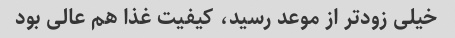
خیلی زودتر از موعد رسید، کیفیت غذا هم عالی بود